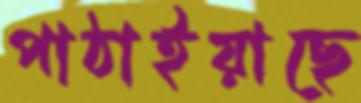
পাঠাইয়াছে